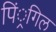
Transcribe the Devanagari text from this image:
पिं्रगिल